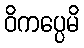
ဝိကပ္ပေမိ